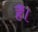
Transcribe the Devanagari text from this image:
हैैँँ।